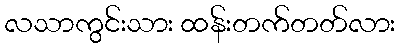
လသာကွင်းသား ထန်းတက်တတ်လား